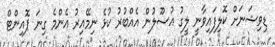
ޑިވިޝަނަށް ކޮލިފައިވާނީ ލީގު އުސޫލުން އެއްބުރު ކުޅެ ނިމޭއިރު އެންމެ ގިނަ ޕޮއިންޓް